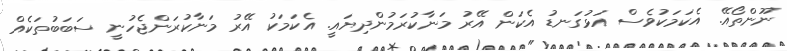
ނޫންތޯއޭ. އެކަމަކުވެސް އަޅުގަނޑު އެކަން އޭރު މަނާކުރަމުންދިޔައީ. އެކަމަކު އޭރު މަނާކުރަންޖެހުނީ ސަބަބުތަކެއް